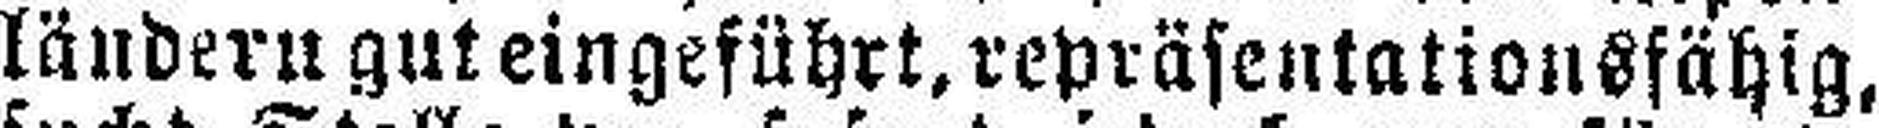
ländern gut eingeführt, repräsentationsfähig,